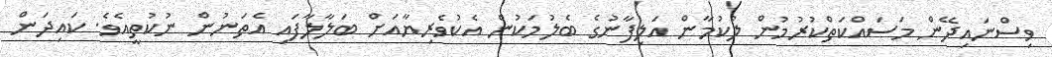
ވިސްނައިދޭން މަސައްކަތްކުރުމުން ލުކުމާން އަލިފާނުގެ ބެލުމަކުން އެކުވެރިޔާއަށް ބަލާލާފައި އެތަނުން ނުކުތީއެވެ. ކައިދަން